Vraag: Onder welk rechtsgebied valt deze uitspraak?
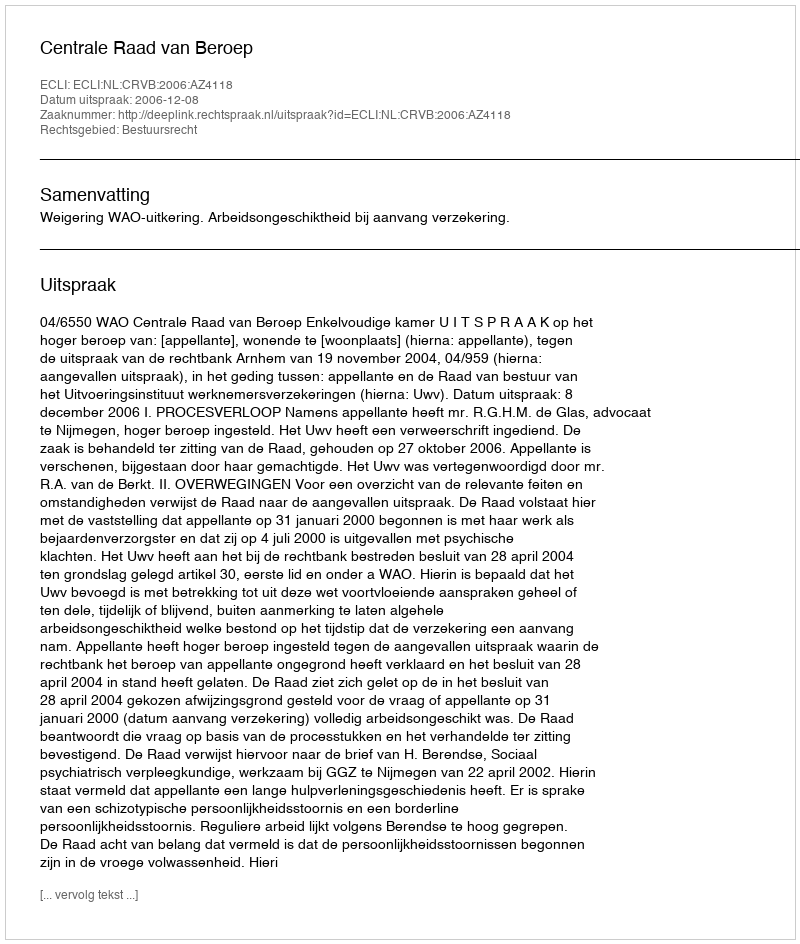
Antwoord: Bestuursrecht